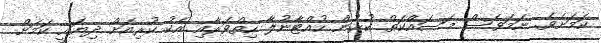
ކަމަށެވެ. ނަމަވެސް މަސައްކަތް ކުރުން ހުއްޓާނުލާ ހިތްވަރާއި އެކު ކުރިއަށް ދިޔައީ ކަމަށް